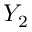
Y _ { 2 }